Laidoner,_Johan, lk 121
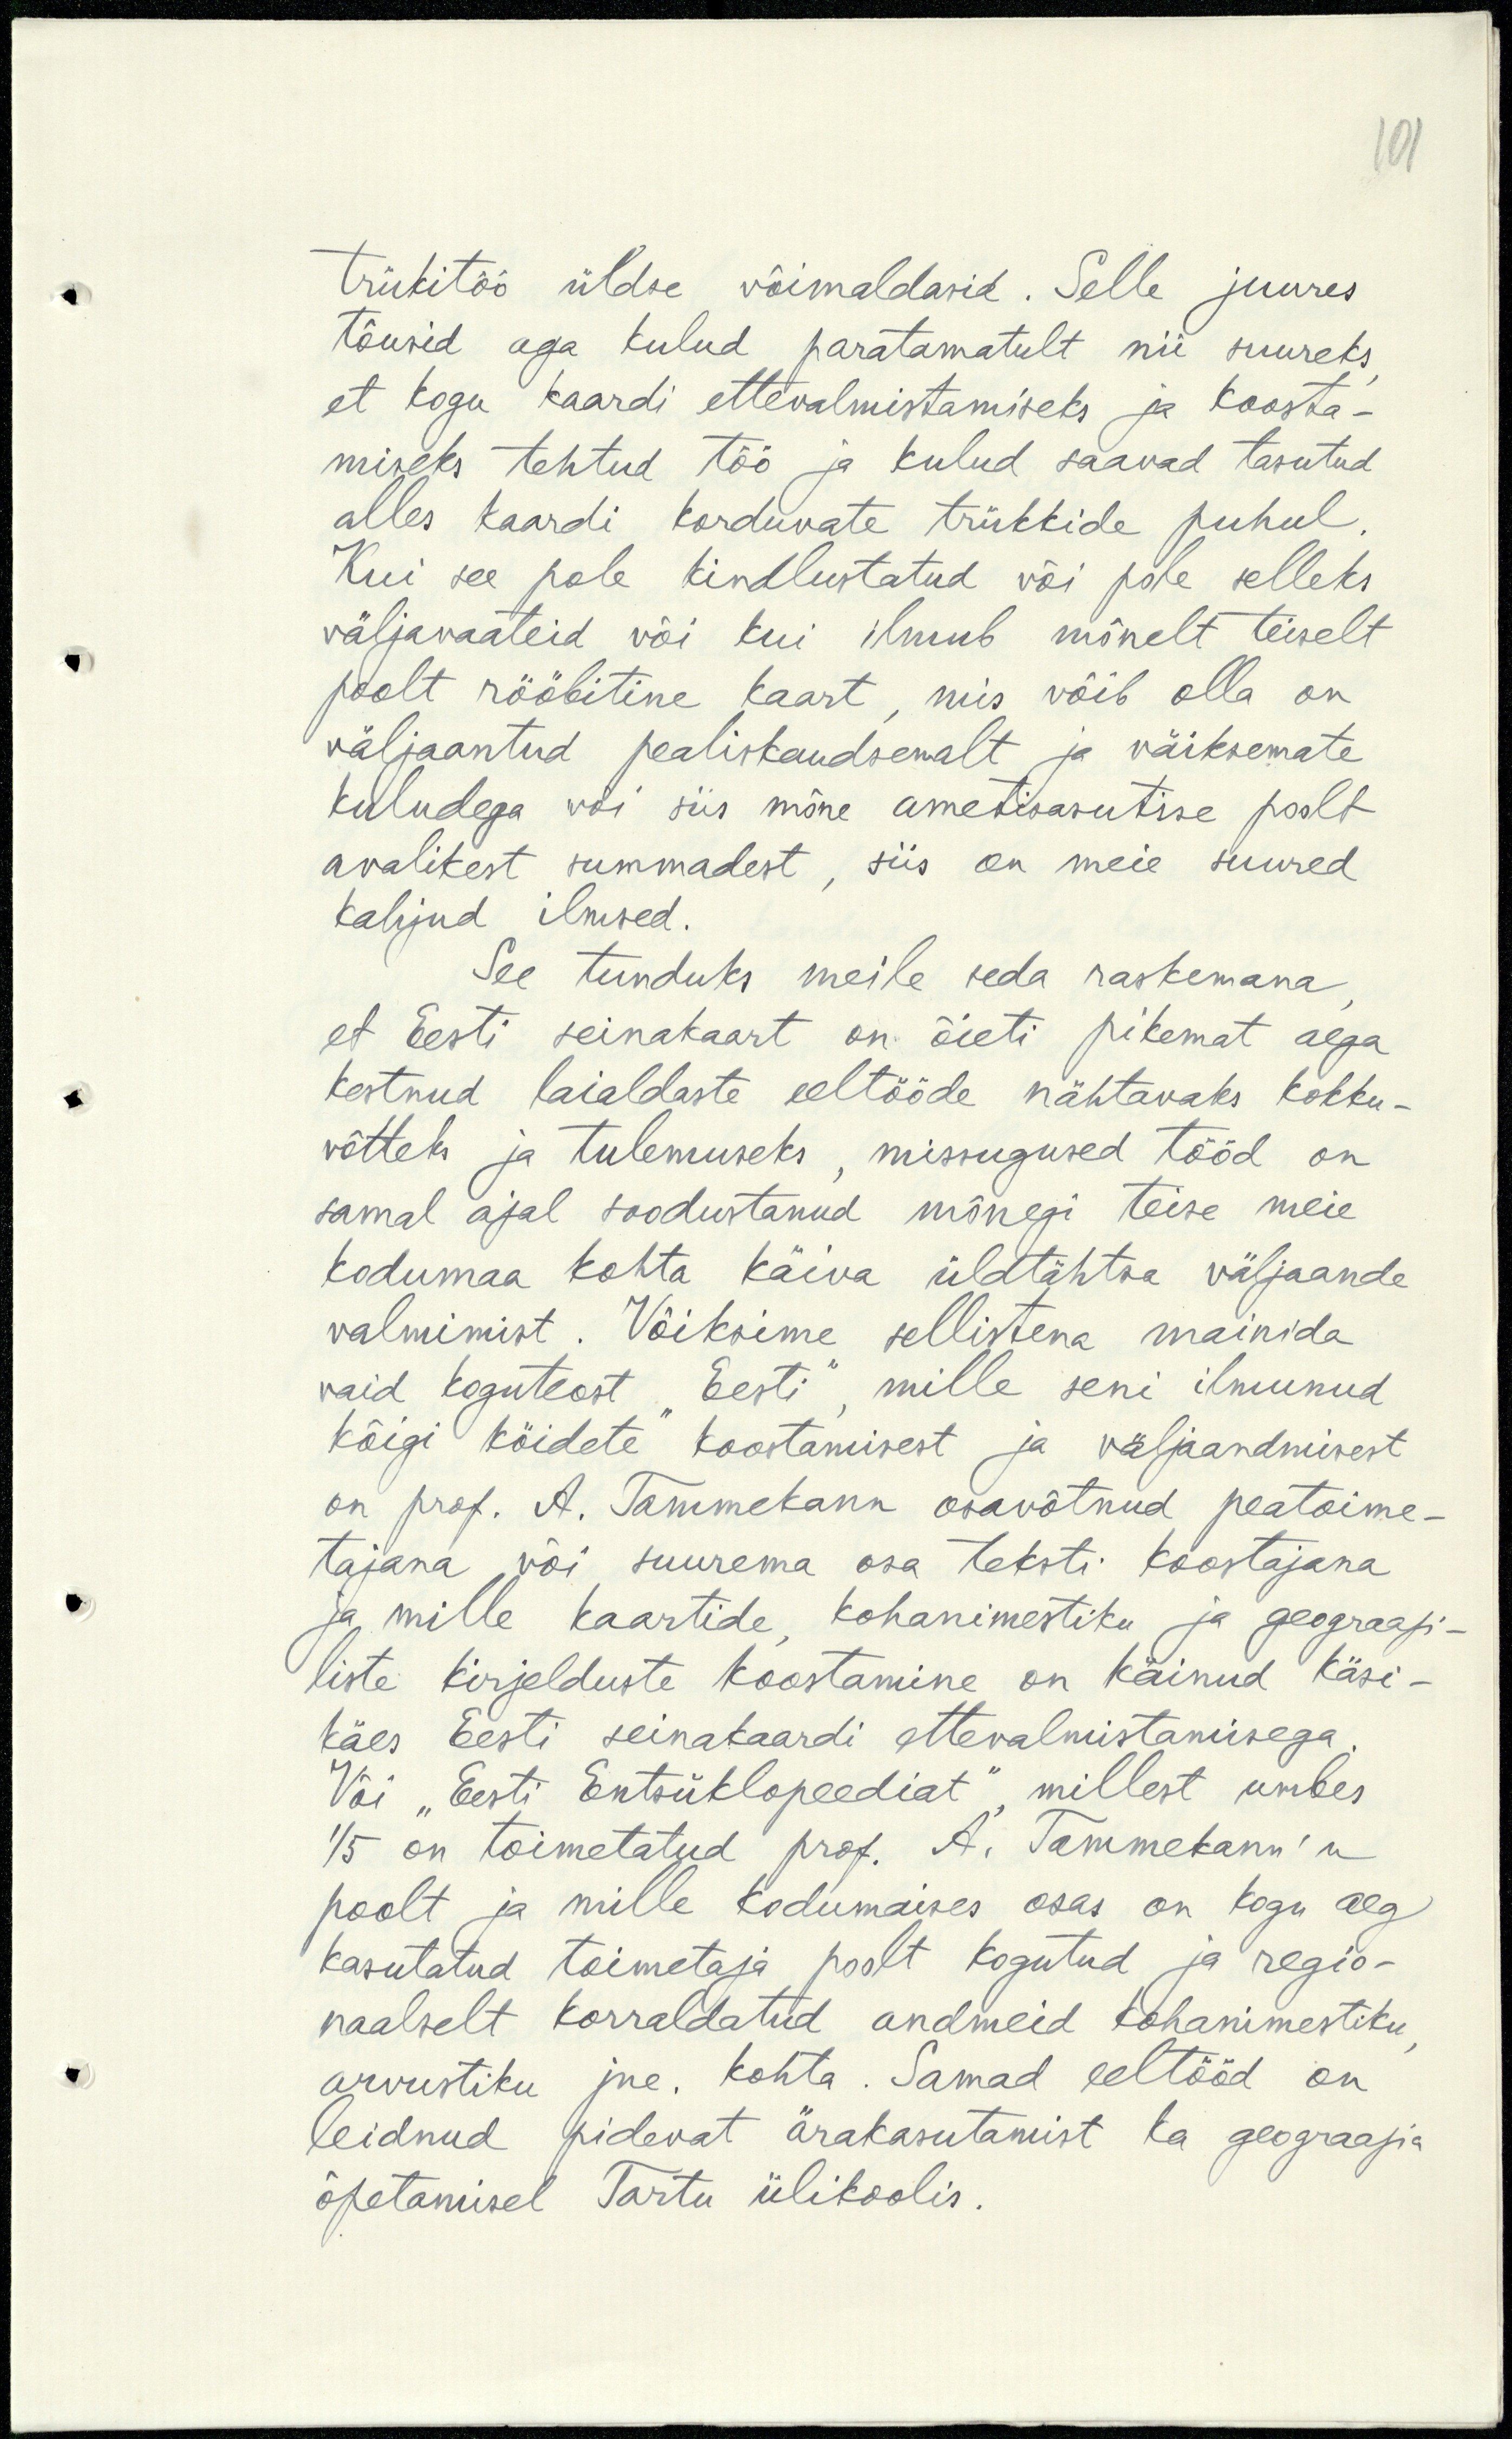
101

trükitöö üldse võimaldasid. Selle juures
tõusid aga kulud paratamatult nii suureks
et kogu kaardi ettevalmistamiseks ja koosta-
miseks tehtud töö ja kulud saavad tasutud
alles kaardi korduvate trükkide puhul.
Kui see pole kindlustatud või pole selleks
väljavaateid või kui ilmub mõnelt teiselt
poolt rööbitine kaart, mis võib olla on
väljaantud pealiskaudsemalt ja väiksemate
kuludega või siis mõne ametisasutise poolt
avalikest summadest, siis on meie suured
kahjud ilmsed.
See tunduks meile seda raskemana
et Eesti seinakaart on õieti pikemat aega
kestnud laialdaste eeltööde nähtavaks kokku-
võtteks ja tulemuseks, missugused tööd on
samal ajal soodustanud mõnegi teise meie
kodumaa kohta käiva üldtähtsa väljaande
valmimist. Võiksime sellistena mainida
vaid koguteost "Eesti", mille seni ilmunud
Kõigi köidete" koostamisest ja väljaandmisest
on prof. A. Tammekann osavõtnud peatoime-
tajana või suurema osa teksti koostajana
ja mille kaartide, kohanimestiku ja geograafi-
liste kirjelduste koostamine on käinud käsi-
käes Eesti seinakaardi ettevalmistamisega.
Või "Eesti Entsüklopeediat" millest umbes
1/5 on toimetatud prof. A. Tammekann'u
poolt ja mille kodumaises osas on kogu aeg
kasutatud toimetaja poolt kogutud ja regio-
naalselt korraldatud andmeid kohanimestiku
arvustiku jne. kohta. Samad eeltööd on
leidnud pidevat ärakasutamist ka geograafia
õpetamisel Tartu ülikoolis.